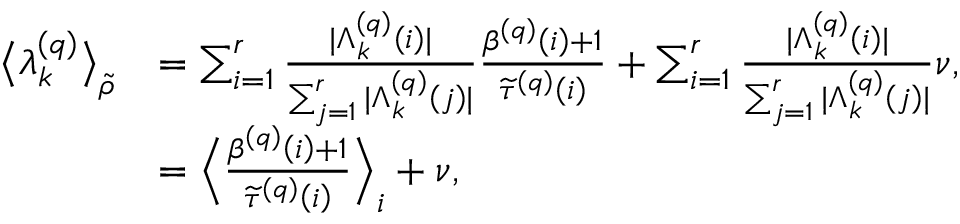
\begin{array} { r l } { \big \langle \lambda _ { k } ^ { \left( q \right) } \big \rangle _ { \widetilde { \rho } } } & { = \sum _ { i = 1 } ^ { r } \frac { \vert \Lambda _ { k } ^ { \left( q \right) } \left( i \right) \vert } { \sum _ { j = 1 } ^ { r } \vert \Lambda _ { k } ^ { \left( q \right) } \left( j \right) \vert } \frac { \beta ^ { \left( q \right) } \left( i \right) + 1 } { \widetilde { \tau } ^ { \left( q \right) } \left( i \right) } + \sum _ { i = 1 } ^ { r } \frac { \vert \Lambda _ { k } ^ { \left( q \right) } \left( i \right) \vert } { \sum _ { j = 1 } ^ { r } \vert \Lambda _ { k } ^ { \left( q \right) } \left( j \right) \vert } \nu , } \\ & { = \Big \langle \frac { \beta ^ { \left( q \right) } \left( i \right) + 1 } { \widetilde { \tau } ^ { \left( q \right) } \left( i \right) } \Big \rangle _ { i } + \nu , } \end{array}